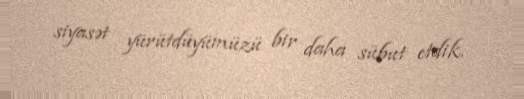
siyasət yürütdüyümüzü bir daha sübut etdik.